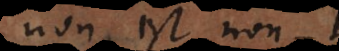
non est non